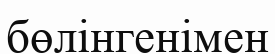
бөлінгенімен